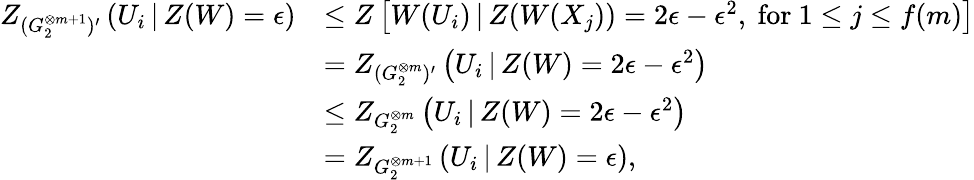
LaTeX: \begin{array}{rl}{Z_{(G_{2}^{\otimes m+1})^{\prime}}\left(U_{i}\, |\, Z(W)=\epsilon\right)}&{\leq Z\left[W(U_{i})\, |\, Z(W(X_{j}))=2\epsilon-\epsilon^{2},\mathrm{~for~}1\leq j\leq f(m)\right]}\\ &{=Z_{(G_{2}^{\otimes m})^{\prime}}\left(U_{i}\, |\, Z(W)=2\epsilon-\epsilon^{2}\right)}\\ &{\leq Z_{G_{2}^{\otimes m}}\left(U_{i}\, |\, Z(W)=2\epsilon-\epsilon^{2}\right)}\\ &{=Z_{G_{2}^{\otimes m+1}}\left(U_{i}\, |\, Z(W)=\epsilon\right),}\end{array}